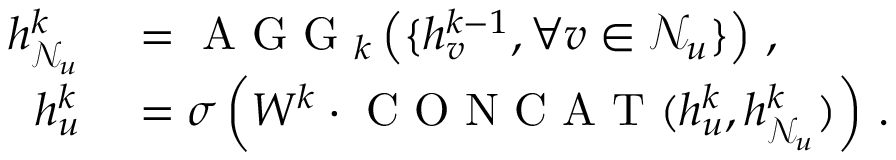
\begin{array} { r l } { h _ { \mathcal { N } _ { u } } ^ { k } } & { { } = \mathrm { ~ A ~ G ~ G ~ } _ { k } \left( \{ h _ { v } ^ { k - 1 } , \forall v \in \mathcal { N } _ { u } \} \right) \, , } \\ { h _ { u } ^ { k } } & { { } = \sigma \left( W ^ { k } \cdot \mathrm { ~ C ~ O ~ N ~ C ~ A ~ T ~ } ( h _ { u } ^ { k } , h _ { \mathcal { N } _ { u } } ^ { k } ) \right) \, . } \end{array}